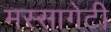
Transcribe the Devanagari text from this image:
मस्सागेटी